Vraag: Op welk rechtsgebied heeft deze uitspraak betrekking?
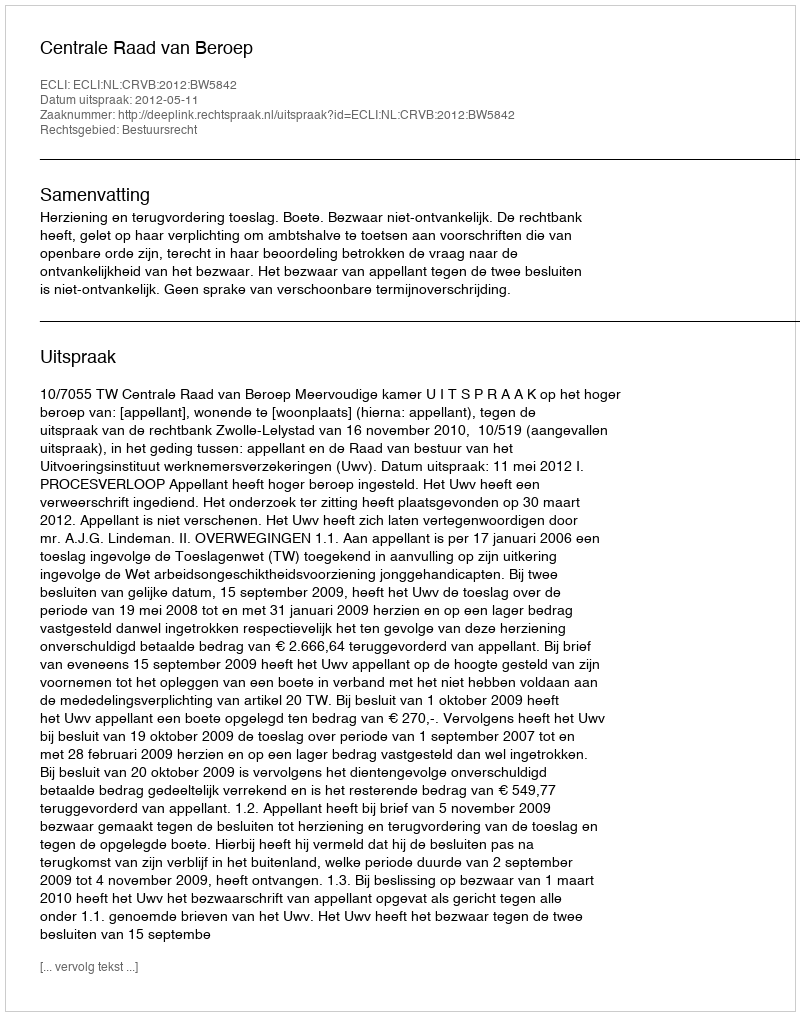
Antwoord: Bestuursrecht